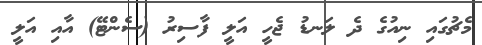
މެޗުގައި ނިއުގެ ދެ ލަނޑު ޖެހީ އަލީ ފާސިރު (ސެންޓޭ) އާއި އަލީ